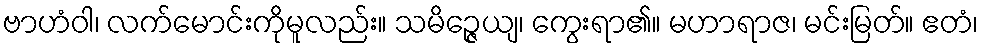
ဗာဟံဝါ၊ လက်မောင်းကိုမူလည်း။ သမိဉ္ဇေယျ၊ ကွေးရာ၏။ မဟာရာဇ၊ မင်းမြတ်။ ဧတံ၊